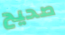
صحيح